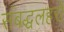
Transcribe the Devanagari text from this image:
संबद्धलहरों